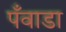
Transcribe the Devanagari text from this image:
पँवाडा